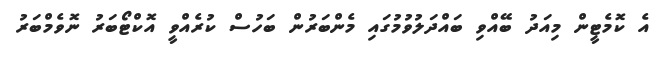
އެ ކޮމެޓީން މިއަދު ބޭއްވި ބައްދަލުވުމުގައި މެންބަރުން ބަހުސް ކުރެއްވީ އޮކްޓޯބަރު ނޮވެމްބަރު